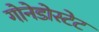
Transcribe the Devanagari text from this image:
गोनेडोस्टेट